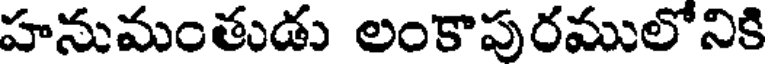
హనుమంతుడు లంకాపురములోనికి